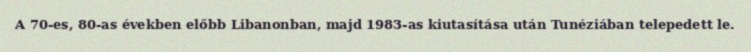
A 70-es, 80-as években előbb Libanonban, majd 1983-as kiutasítása után Tunéziában telepedett le.